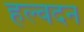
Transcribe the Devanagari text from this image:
हल्वदन